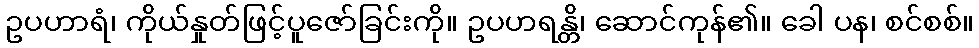
ဥပဟာရံ၊ ကိုယ်နှုတ်ဖြင့်ပူဇော်ခြင်းကို။ ဥပဟရန္တိ၊ ဆောင်ကုန်၏။ ခေါ ပန၊ စင်စစ်။